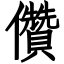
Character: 儹